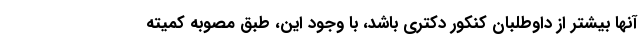
آنها بیشتر از داوطلبان کنکور دکتری باشد، با وجود این، طبق مصوبه کمیته